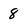
Character: 8